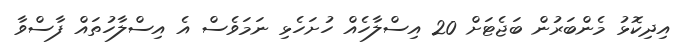
އިދިކޮޅު މެންބަރުން ބަޖެޓަށް 20 އިސްލާހެއް ހުށަހެޅި ނަމަވެސް އެ އިސްލާހުތައް ފާސްވާ